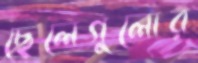
ছেলেগুলোর